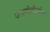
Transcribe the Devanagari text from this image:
पेलमेटोज़ोआ